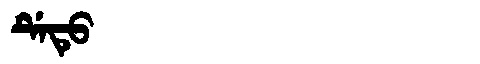
Manchu: ᡩᡝᡨᡠ
Romanization: DETU